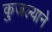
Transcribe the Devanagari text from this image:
कुजल्याने